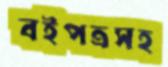
বইপত্রসহ